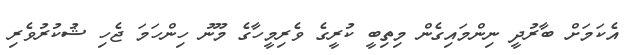
އެކަމަށް ބާރުދީ ނިންމައިގެން މިތިބީ ކުރީގެ ވެރިމީހާގެ މޫނު ހިންހަމަ ޖެހި ޝުކުރުވެރި